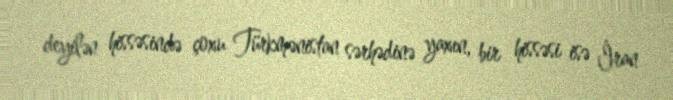
deyilən hissəsində çoxu Türkmənistan sərhədinə yaxın, bir hissəsi isə İran